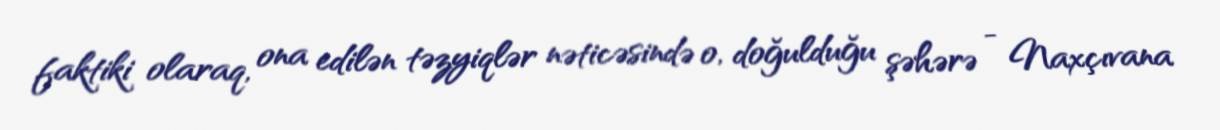
faktiki olaraq, ona edilən təzyiqlər nəticəsində o, doğulduğu şəhərə - Naxçıvana